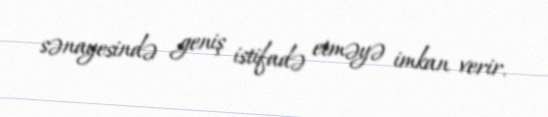
sənayesində geniş istifadə etməyə imkan verir.